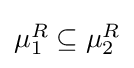
{\textstyle \mu _{1}^{R}\subseteq \mu _{2}^{R}}